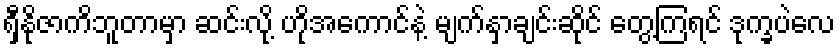
ရှီနိုဇာကိဘူတာမှာ ဆင်းလို့ ဟိုအကောင်နဲ့ မျက်နှာချင်းဆိုင် တွေ့ကြရင် ဒုက္ခပဲလေ